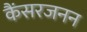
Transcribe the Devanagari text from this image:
कैंसरजनन